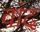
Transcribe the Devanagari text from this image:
वांद